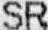
SR